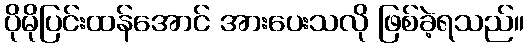
ပိုမိုပြင်းထန်အောင် အားပေးသလို ဖြစ်ခဲ့ရသည်။